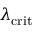
\lambda _ { \mathrm { c r i t } }